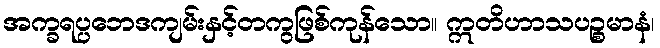
အက္ခရပ္ပဘေဒကျမ်းနှင့်တကွဖြစ်ကုန်သော။ ဣတိဟာသပဉ္စမာနံ၊